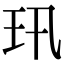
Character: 𤣭